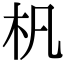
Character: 杋